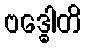
ဗဒ္ဓေါတိ